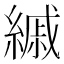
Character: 縬